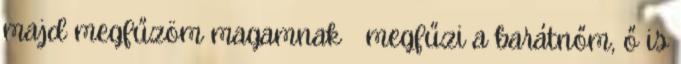
majd megfűzöm magamnak megfűzi a barátnőm, ő is